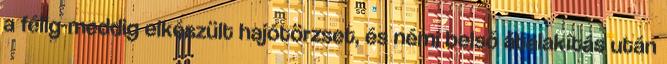
a félig-meddig elkészült hajótörzset, és némi belső átalakítás után